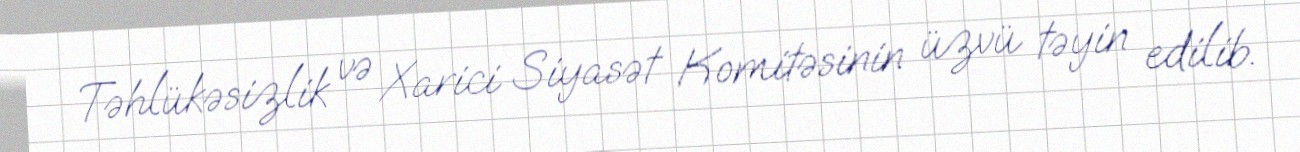
Təhlükəsizlik və Xarici Siyasət Komitəsinin üzvü təyin edilib.